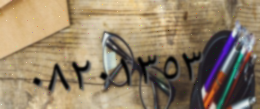
٠٨٢٠١٣٥٣